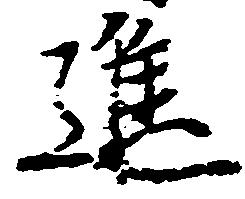
進